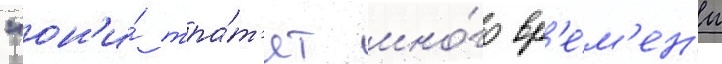
"он'и́ тра́т'ят мно́го вр'е́м'ен'и